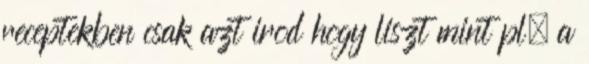
receptekben csak azt irod hogy liszt mint pl. a